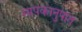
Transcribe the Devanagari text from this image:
मापकानुपात